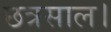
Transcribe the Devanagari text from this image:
छत्रसाल।